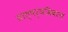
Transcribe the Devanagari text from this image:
तात्पर्यविवरण